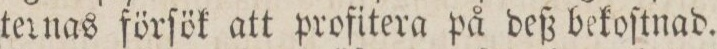
ternas förſök att profitera på deß bekoſtnad.